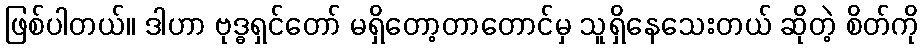
ဖြစ်ပါတယ်။ ဒါဟာ ဗုဒ္ဓရှင်တော် မရှိတော့တာတောင်မှ သူရှိနေသေးတယ် ဆိုတဲ့ စိတ်ကို